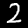
Digit: 2